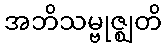
အဘိသမ္ဗုဇ္ဈတိ